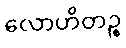
လောဟိတဉ္စ